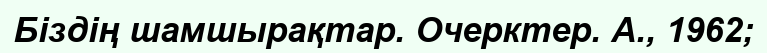
Біздің шамшырақтар. Очерктер. А., 1962;